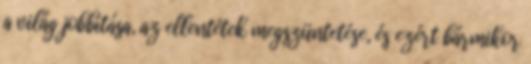
a világ jobbítása, az ellentétek megszüntetése, és ezért bármikor